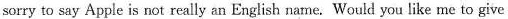
sorry to say Apple is not really an English name. Would you like me to give